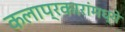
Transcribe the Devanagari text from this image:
कलाप्रकारांमध्ये